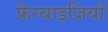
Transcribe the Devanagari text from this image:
फ्रैन्चाइज़ियों